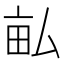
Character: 畆